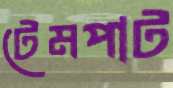
টেমপাট